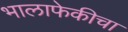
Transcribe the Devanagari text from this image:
भालाफेकीचा